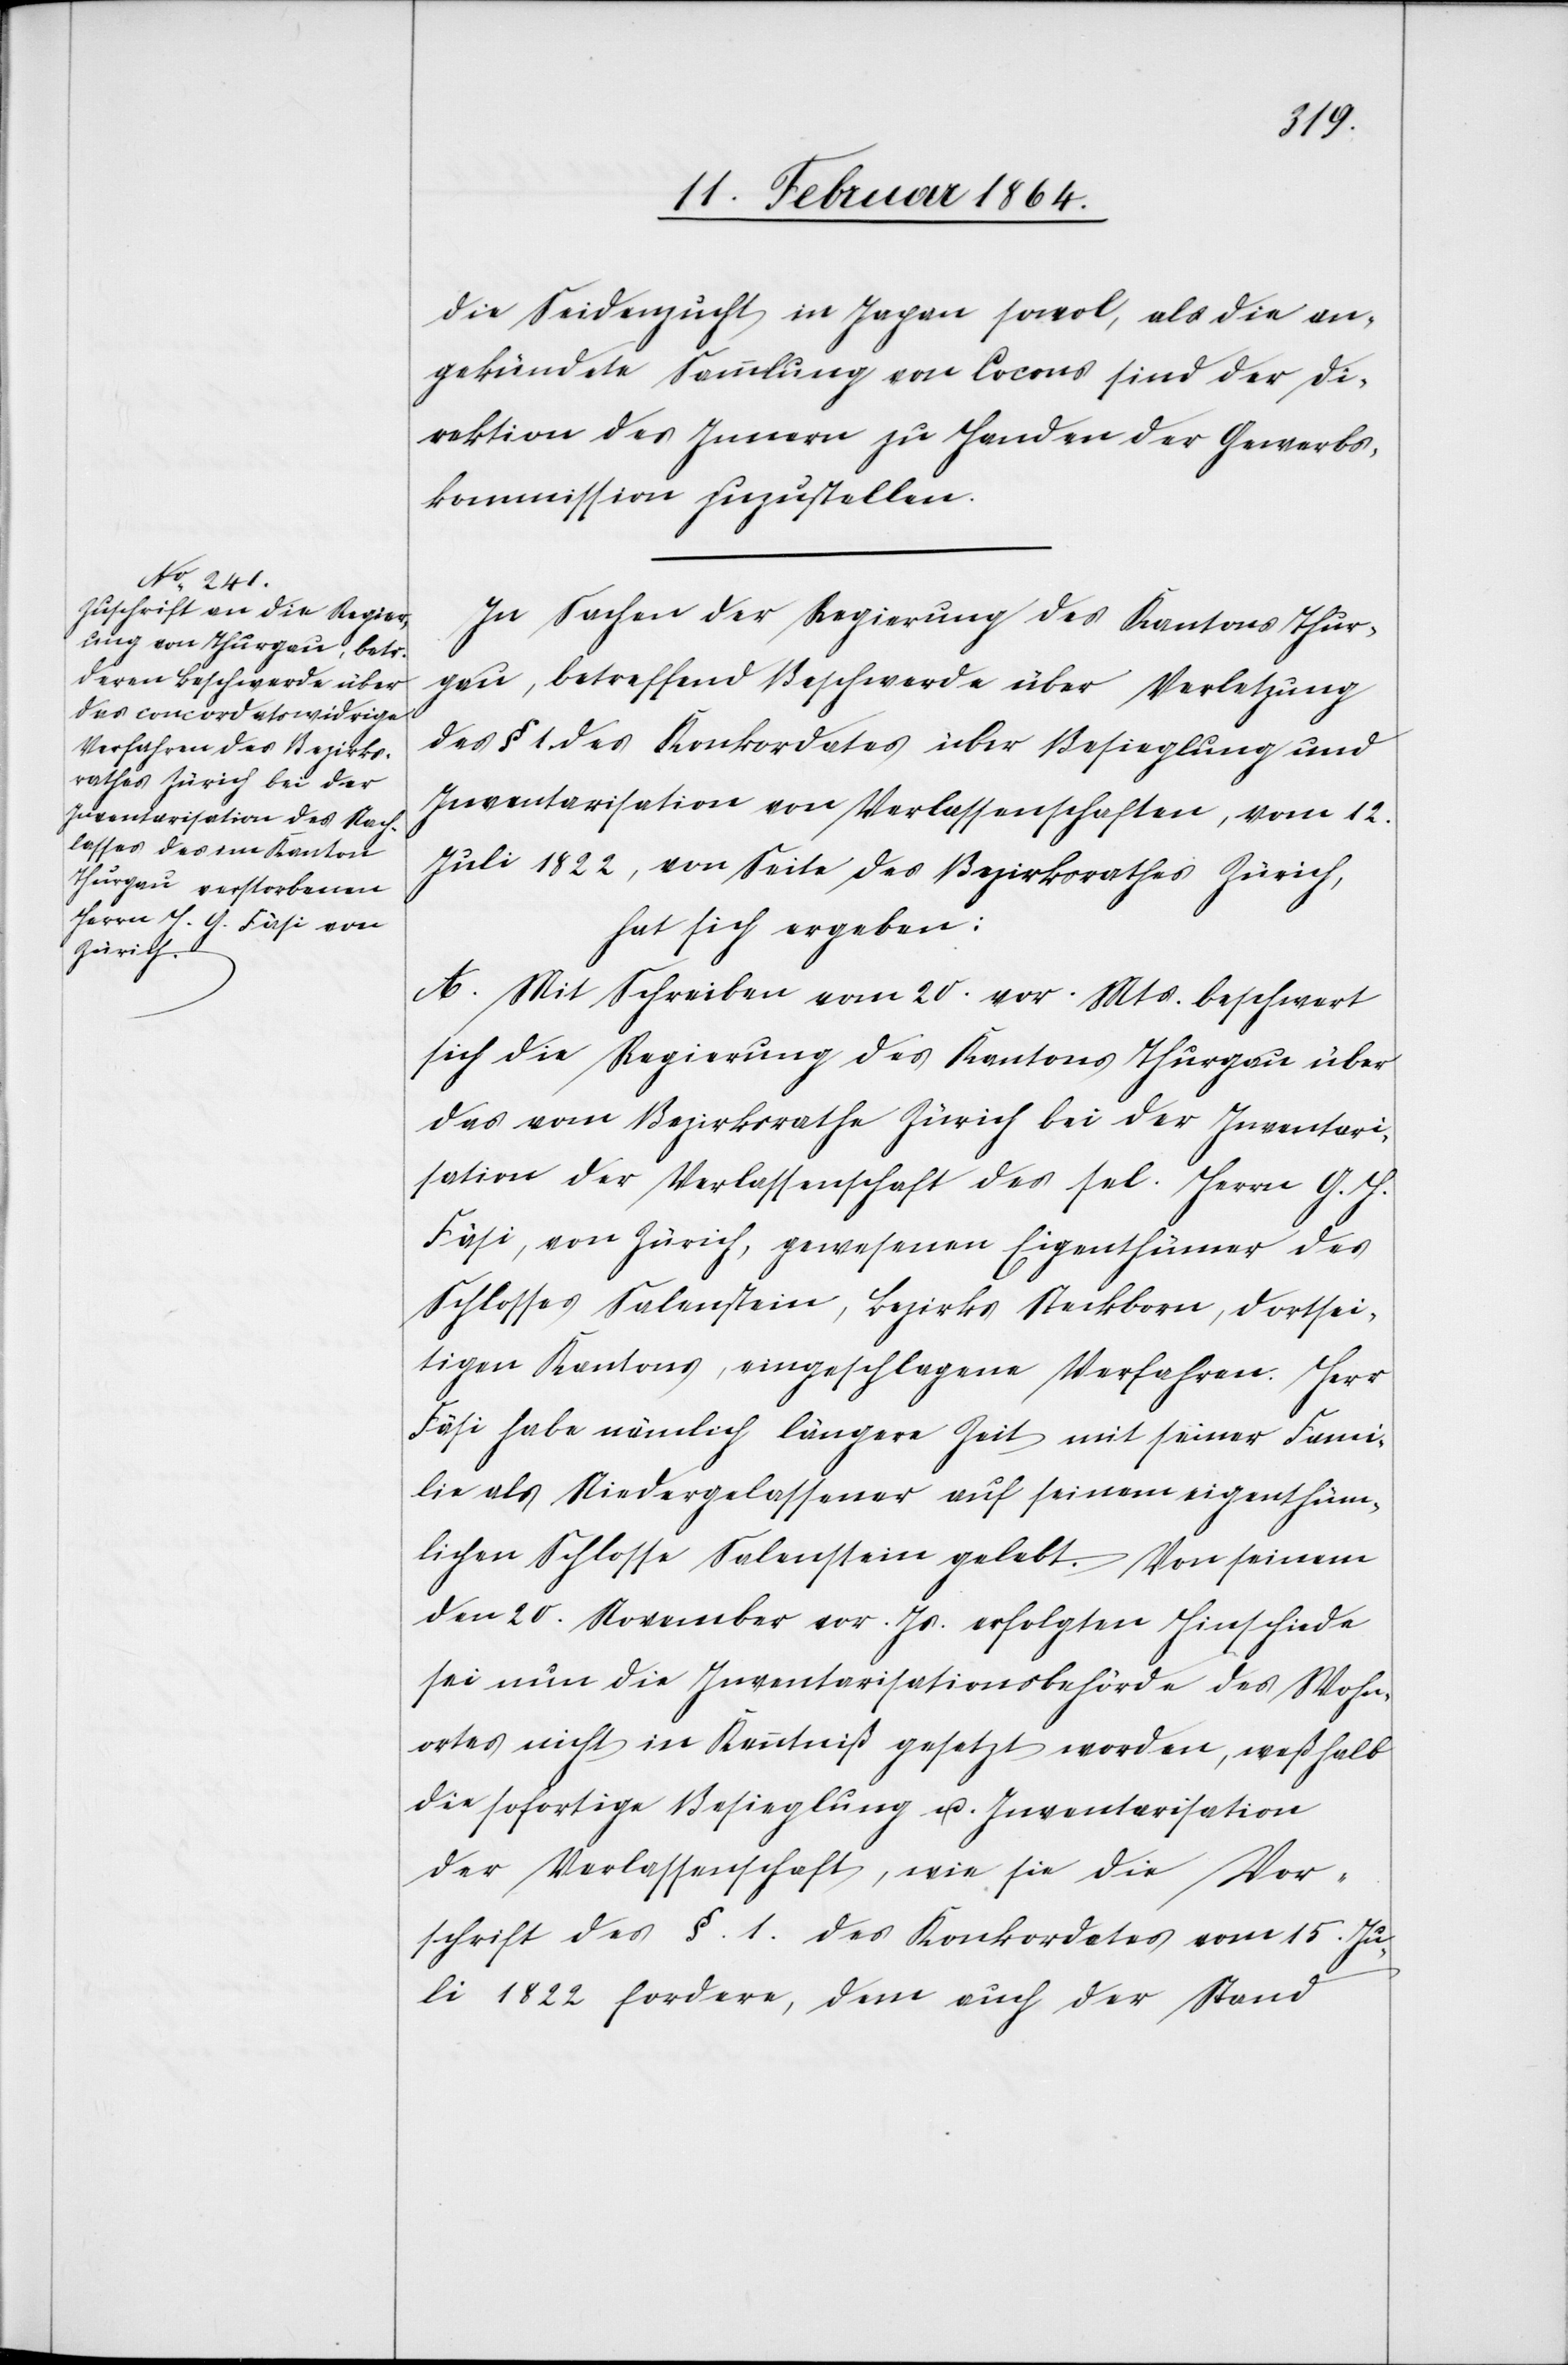
die Seidenzucht in Japan sowol, als die an¬
gekündete Sammlung von Cocons sind der Di¬
rektion des Innern zu Handen der Gewerbs¬
kommission zuzustellen.
In Sachen der Regierung des Kantons Thur¬
gau, betreffend Beschwerde über Verletzung
des § 1 des Konkordates über Besieglung und
Inventarisation von Verlassenschaften, vom 12.
Juli 1822, von Seite des Bezirksrathes Zürich,
hat sich ergeben:
A. Mit Schreiben vom 20. vor. Mts. beschwert
sich die Regierung des Kantons Thurgau über
das vom Bezirksrathe Zürich bei der Inventari¬
sation der Verlassenschaft des sel. Herrn G. H.
Fäsi, von Zürich, gewesenen Eigenthümer des
Schlosses Salenstein, Bezirks Steckborn, dortsei¬
tigen Kantons, eingeschlagene Verfahren. Herr
Fäsi habe nämlich längere Zeit mit seiner Fami¬
lie als Niedergelassener auf seinem eigenthüm¬
lichen Schlosse Salenstein gelebt. Von seinem
den 20. November vor. Js. erfolgten Hinschiede
sei nun die Inventarisationsbehörde des Wohn¬
ortes nicht in Kenntniß gesetzt worden, weßhalb
die sofortige Besieglung u. Inventarisation
der Verlassenschaft, wie sie die Vor¬
schrift des §. 1. des Konkordates vom 15. Ju¬
li 1822 fordere, dem auch der Stand